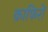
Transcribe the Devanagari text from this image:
क़ाफिरों